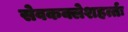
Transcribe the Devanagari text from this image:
सेवकक्लेशहर्त्तः